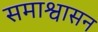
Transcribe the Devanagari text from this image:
समाश्वासन